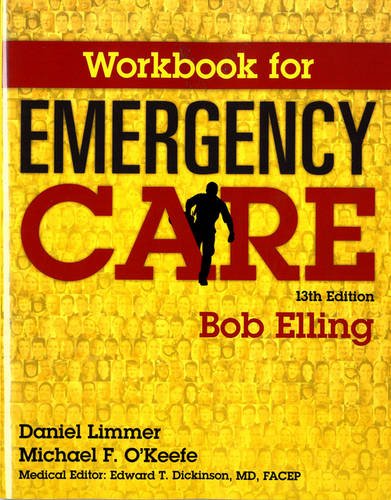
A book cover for Workbook for Emergency Care; Robert Elling; Medical Books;